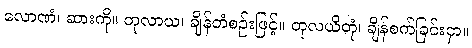
လောဏံ၊ ဆားကို။ တုလာယ၊ ချိန်တံစဉ်းဖြင့်။ တုလယိတုံ၊ ချိန်စက်ခြင်းငှာ။